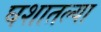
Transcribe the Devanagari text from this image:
घशातल्या